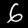
Digit: 6